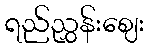
ရည်ညွှန်းဈေး